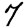
Digit: 7